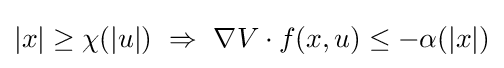
|x|\geq \chi (|u|)\ \Rightarrow \ \nabla V\cdot f(x,u)\leq -\alpha (|x|)